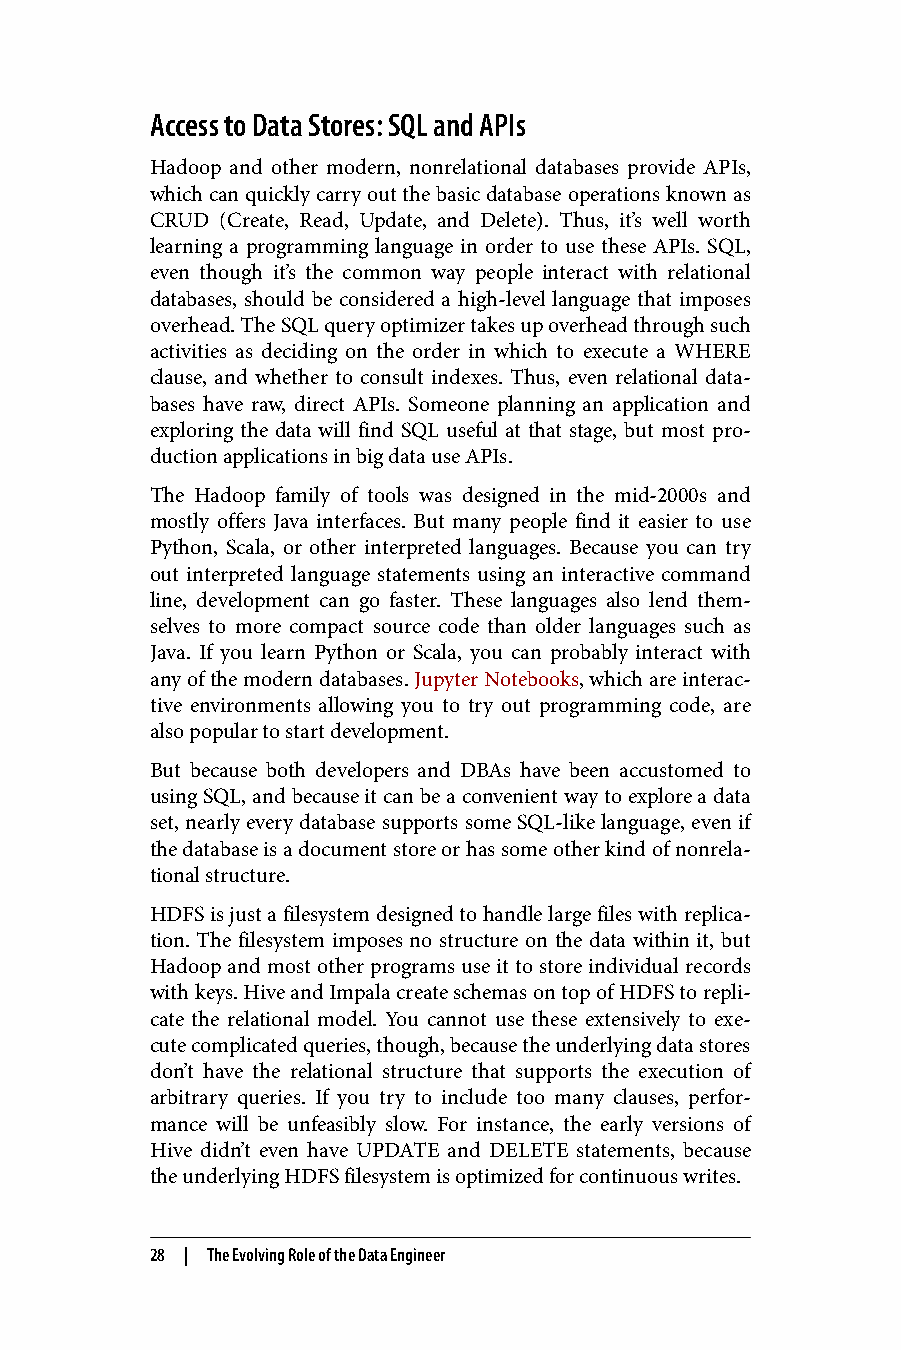
Access to Data Stores: SQL and APIs
 Hadoop and other modern, nonrelational databases provide APIs,
 which can quickly carry out the basic database operations known as
 CRUD (Create, Read, Update, and Delete). Thus, it’s well worth
 learning a programming language in order to use these APIs. SQL,
 even though it’s the common way people interact with relational
 databases, should be considered a high-level language that imposes
 overhead. The SQL query optimizer takes up overhead through such
 activities as deciding on the order in which to execute a WHERE
 clause, and whether to consult indexes. Thus, even relational data‐
 bases have raw, direct APIs. Someone planning an application and
 exploring the data will find SQL useful at that stage, but most pro‐
 duction applications in big data use APIs.
 The Hadoop family of tools was designed in the mid-2000s and
 mostly offers Java interfaces. But many people find it easier to use
 Python, Scala, or other interpreted languages. Because you can try
 out interpreted language statements using an interactive command
 line, development can go faster. These languages also lend them‐
 selves to more compact source code than older languages such as
 Java. If you learn Python or Scala, you can probably interact with
 any of the modern databases. Jupyter Notebooks, which are interac‐
 tive environments allowing you to try out programming code, are
 also popular to start development.
 But because both developers and DBAs have been accustomed to
 using SQL, and because it can be a convenient way to explore a data
 set, nearly every database supports some SQL-like language, even if
 the database is a document store or has some other kind of nonrela‐
 tional structure.
 HDFS is just a filesystem designed to handle large files with replica‐
 tion. The filesystem imposes no structure on the data within it, but
 Hadoop and most other programs use it to store individual records
 with keys. Hive and Impala create schemas on top of HDFS to repli‐
 cate the relational model. You cannot use these extensively to exe‐
 cute complicated queries, though, because the underlying data stores
 don’t have the relational structure that supports the execution of
 arbitrary queries. If you try to include too many clauses, perfor‐
 mance will be unfeasibly slow. For instance, the early versions of
 Hive didn’t even have UPDATE and DELETE statements, because
 the underlying HDFS filesystem is optimized for continuous writes.
 28 | The Evolving Role of the Data Engineer